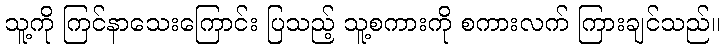
သူ့ကို ကြင်နာသေးကြောင်း ပြသည့် သူ့စကားကို စကားလက် ကြားချင်သည်။